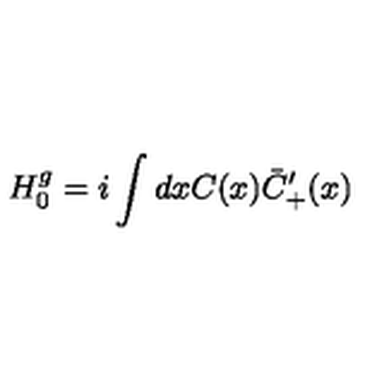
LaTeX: H _ { 0 } ^ { g } = i \int d x C ( x ) \bar { C } _ { + } ^ { \prime } ( x )